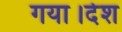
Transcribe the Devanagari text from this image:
गया।देश